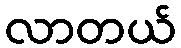
လာတယ်